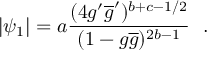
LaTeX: | \psi _ { 1 } | = a \frac { ( 4 g ^ { \prime } \overline { { { g } } } ^ { \prime } ) ^ { b + c - 1 / 2 } } { ( 1 - g \overline { { { g } } } ) ^ { 2 b - 1 } } ~ ~ .